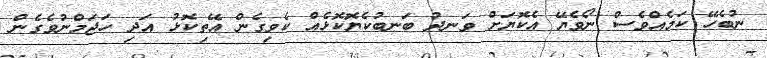
ނުބެހޭ ކަމެއްވެސް ނޯވެޔޭ އެކޮޔަށް ވަނދު ބަނބުކެޔޮކޮޅެއް ކެވިގެން އޭތިކޮޅު އަދި ހަޖަމްނުވެގެން